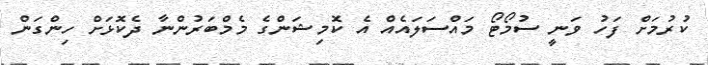
ކުރުމަށް ފަހު ވަނީ ސުމޯޓޯ މައްސަލައެއް އެ ކޮމިޝަންގެ މެމްބަރުންނާ ދެކޮޅަށް ހިންގަން